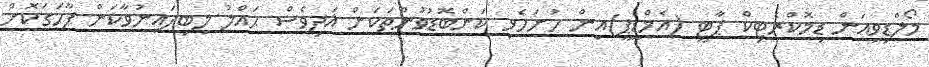
މޯލްޑިވިއަން ޑިމޮކްރެޓިކް ޕާޓީ (އެމްޑީޕީ)އިން ހުށަހެޅި ކަންބޮޑުވުންތަކަށް އަދިވެސް ޙައްލު ލިބިފައިނުވާކަން ފާހަގަކޮށް